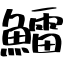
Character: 鱩